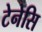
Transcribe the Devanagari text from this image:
टेनेसि